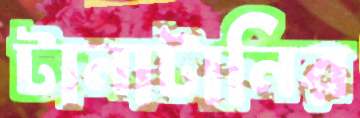
টানাটানির